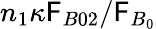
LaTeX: n_{1}\kappa\mathsf{F}_{B02}/\mathcal{{\mathsf{F}}}_{B_{0}}